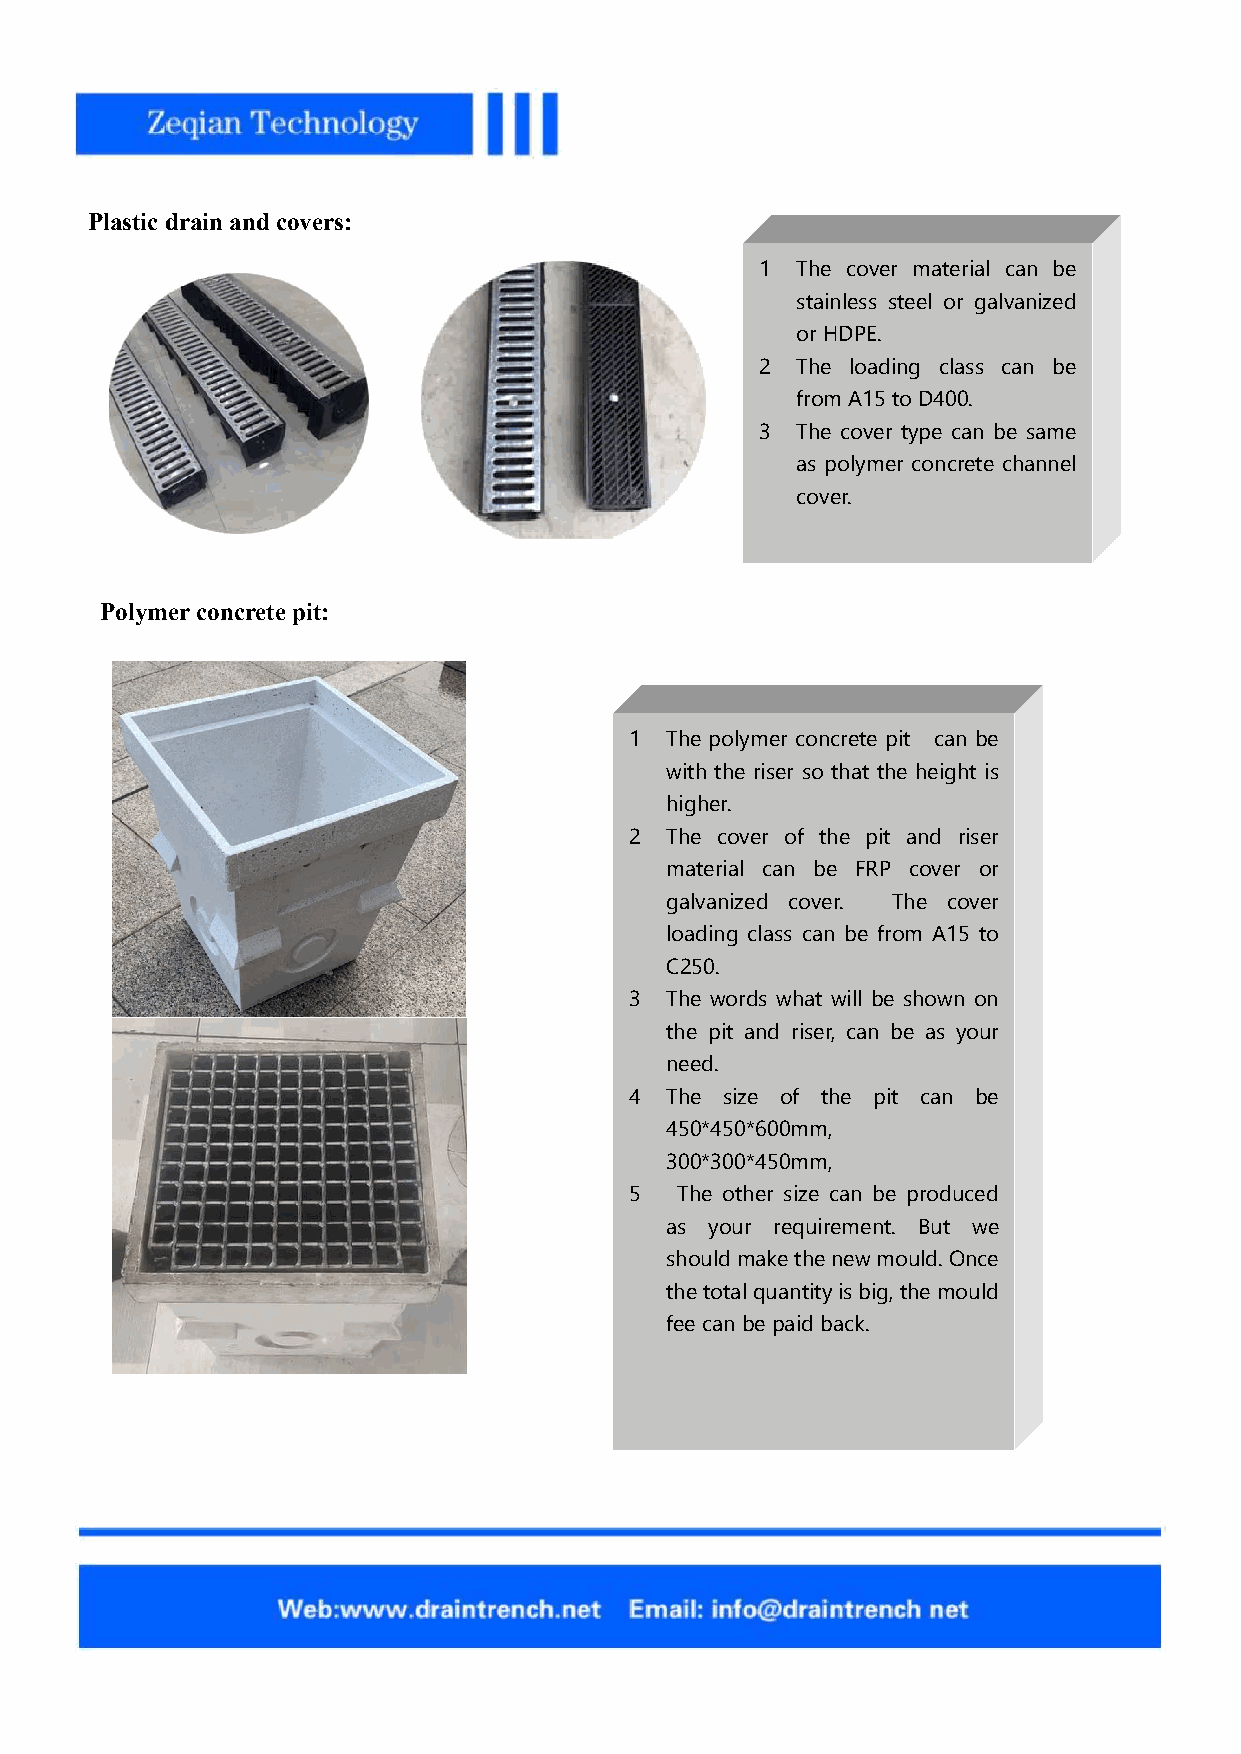
Plasticdrainandcovers:
 1  The cover material can be
 stainless steel or galvanized
 orHDPE.
 2  The loading class can be
 fromA15 toD400.
 3  The cover type can be same
 as polymer concrete channel
 cover.
 2)     Polymerconcrete pit:
 3)
 1 The polymer concrete pit can be
 with the riser so that the height is
 higher.
 2 The cover of the pit and riser
 material can be FRP cover or
 galvanized cover. The cover
 loading class can be from A15 to
 C250.
 3 The words what will be shown on
 the pit and riser, can be as your
 need.
 4 The size of the pit can be
 450*450*600mm,
 300*300*450mm,
 5  The other size can be produced
 as your requirement. But we
 shouldmakethenewmould.Once
 thetotalquantityisbig,themould
 feecan bepaidback.